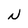
Character: N